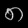
Digit: ၈